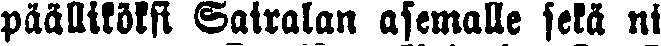
päälliköksi Sairalan asemalle sekä ni